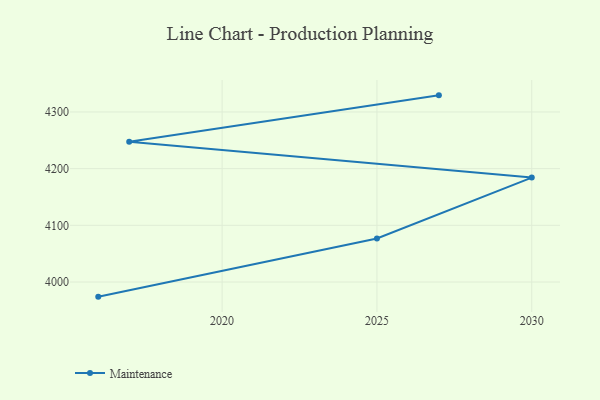
{"axis": {"x": "Year", "y": "Inventory Turnover"}, "legend": ["Maintenance"], "data": [{"x": "2027", "y": 4329.3, "type": "Maintenance"}, {"x": "2017", "y": 4247.5, "type": "Maintenance"}, {"x": "2030", "y": 4184.2, "type": "Maintenance"}, {"x": "2025", "y": 4076.8, "type": "Maintenance"}, {"x": "2016", "y": 3974.2, "type": "Maintenance"}]}